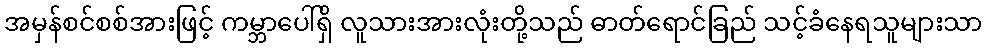
အမှန်စင်စစ်အားဖြင့် ကမ္ဘာပေါ်ရှိ လူသားအားလုံးတို့သည် ဓာတ်ရောင်ခြည် သင့်ခံနေရသူများသာ